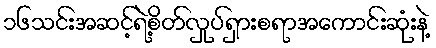
၁၆သင်းအဆင့်ရဲ့စိတ်လှုပ်ရှားစရာအကောင်းဆုံးနဲ့